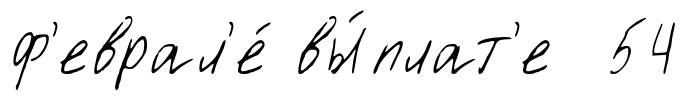
ф'еврал'е́ вы́плат'е 54